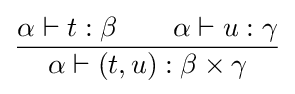
{\frac {\alpha \vdash t:\beta \qquad \alpha \vdash u:\gamma }{\alpha \vdash (t,u):\beta \times \gamma }}